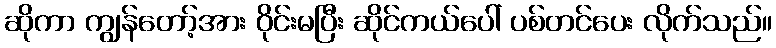
ဆိုကာ ကျွန်တော့်အား ဝိုင်းမပြီး ဆိုင်ကယ်ပေါ် ပစ်တင်ပေး လိုက်သည်။